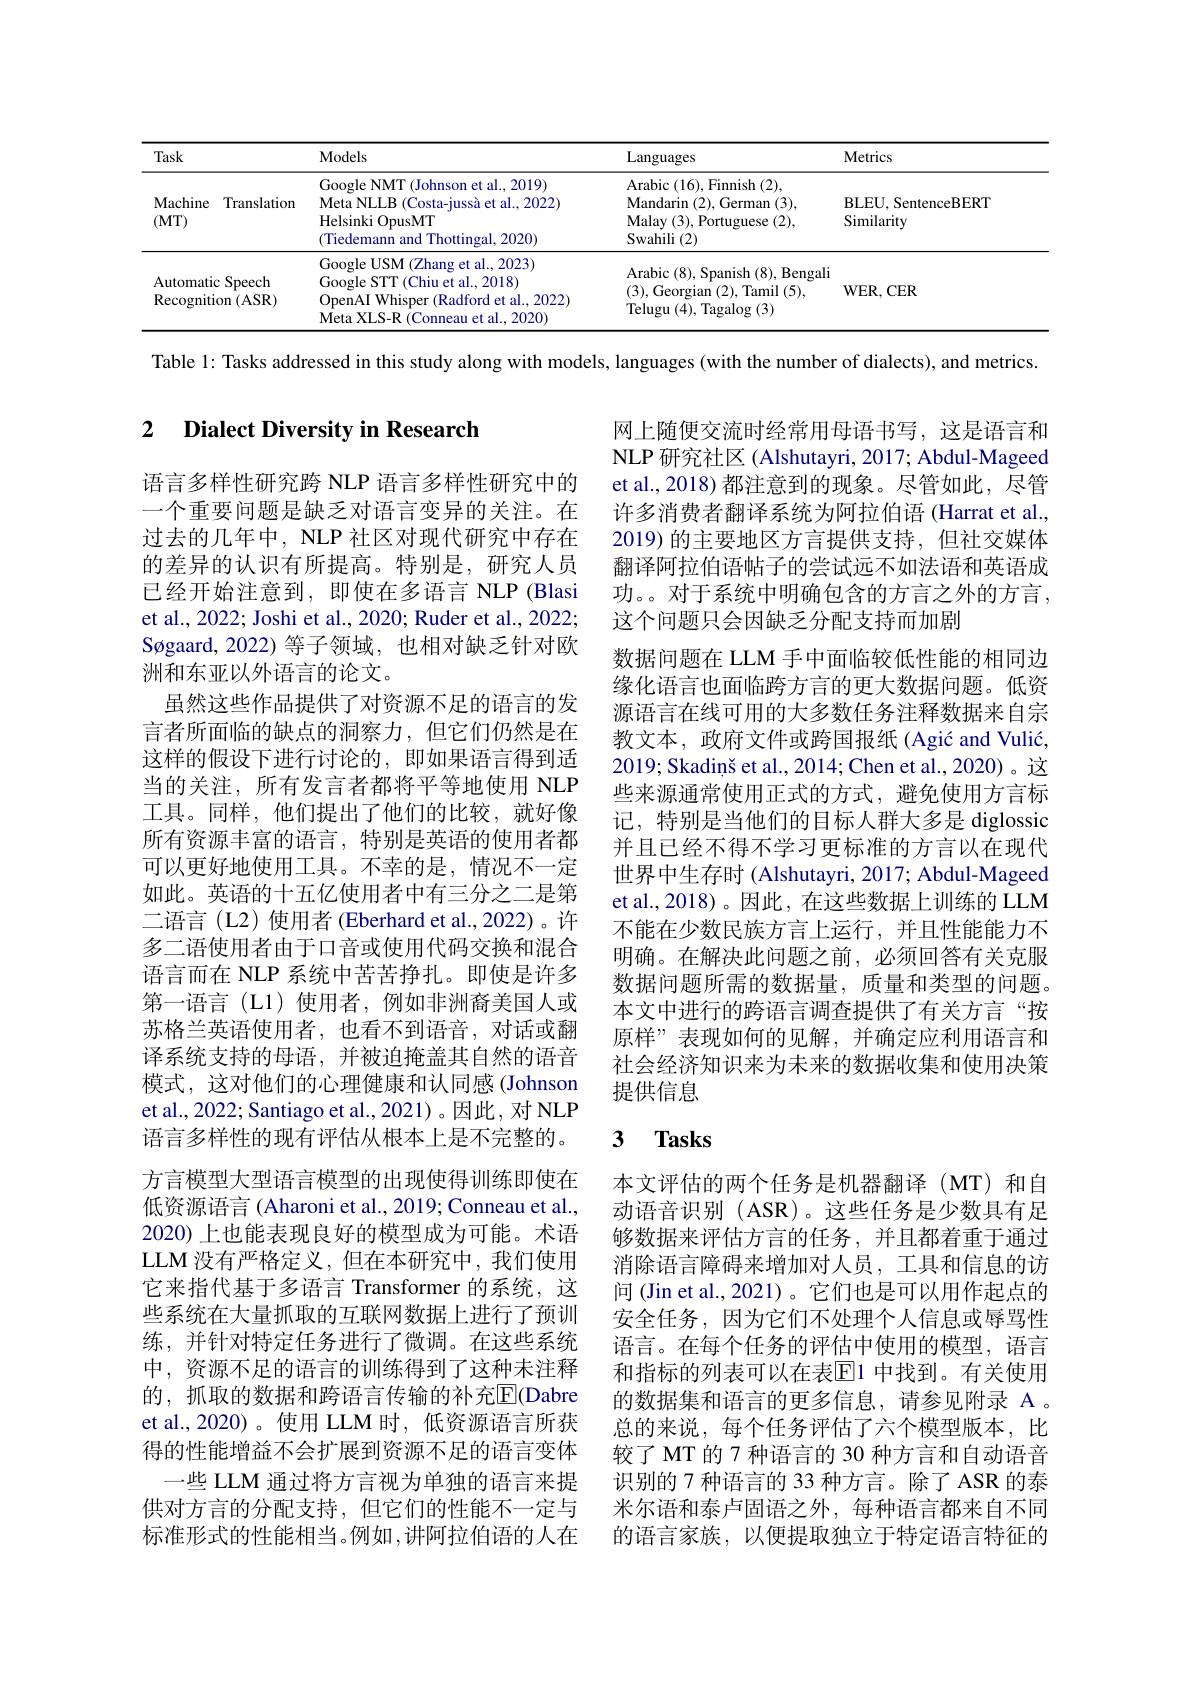
<table>
	<tbody>
		<tr>
			<th>Task</th>
			<th>Models</th>
			<th>Languages</th>
			<th>Metrics</th>
		</tr>
		<tr>
			<td>Machine Translation (MT)</td>
			<td>Google NMT (Johnson et al., 2019) Meta NLLB ( Costa- juss$\grave{a}$ et al. , 2022) Helsinki OpusMT (Tiedemann and Thottingal, 2020)</td>
			<td>Arabic ( 16) , Finnish ( 2) , Mandarin ( 2) , German ( 3) , Malay ( 3) , Portuguese ( 2) , Swahili (2)</td>
			<td>BLEU. SentenceBERT Similarity</td>
		</tr>
		<tr>
			<td>Automatic Speech $\operatorname{Recognition}\left(\mathrm{ASR}\right)$</td>
			<td>Google USM (Zhang et al., 2023) Google STT (Chiu et al., 2018) OpenAI Whisper (Radford et al., 2022) Meta XLS-R (Conneau et al.2020)</td>
			<td>Arabic ( 8) , Spanish ( 8) , Bengali (3),Georgian (2),Tamil(5), $\operatorname{Telugu}(4),\operatorname{Tagalog}(3)$</td>
			<td>WER. CER</td>
		</tr>
	</tbody>
</table>

Table 1: Tasks addressed in this study along with models, languages (with the number of dialects), and metrics.

### 2 $\textbf{Dialect Diversity in Research}$

网上随便交流时经常用母语书写，这是语言和NLP 研究社区 (Alshutayri, 2017; Abdul-Mageed et al., 2018) 都注意到的现象。尽管如此，尽管许多消费者翻译系统为阿拉伯语 (Harrat et al., 2019) 的主要地区方言提供支持，但社交媒体翻译阿拉伯语帖子的尝试远不如法语和英语成功。。对于系统中明确包含的方言之外的方言， 这个问题只会因缺乏分配支持而加剧
数据问题在 LLM 手中面临较低性能的相同边缘化语言也面临跨方言的更大数据问题。低资源语言在线可用的大多数任务注释数据来自宗教文本，政府文件或跨国报纸 (Agić and Vulić, 2019; Skadiṇš et al., 2014; Chen et al., 2020) 。这些来源通常使用正式的方式，避免使用方言标记，特别是当他们的目标人群大多是 diglossic 并且已经不得不学习更标准的方言以在现代世界中生存时 (Alshutayri, 2017; Abdul-Mageed et al., 2018)。因此，在这些数据上训练的 LLM 不能在少数民族方言上运行，并且性能能力不明确。在解决此问题之前，必须回答有关克服数据问题所需的数据量，质量和类型的问题。本文中进行的跨语言调查提供了有关方言“按原样”表现如何的见解，并确定应利用语言和社会经济知识来为未来的数据收集和使用决策提供信息

语言多样性研究跨 NLP 语言多样性研究中的一个重要问题是缺乏对语言变异的关注。在过去的几年中，NLP 社区对现代研究中存在的差异的认识有所提高。特别是，研究人员已经开始注意到，即使在多语言 NLP (Blasi et al., 2022; Joshi et al., 2020; Ruder et al., 2022; Søgaard, 2022) 等子领域，也相对缺乏针对欧洲和东亚以外语言的论文。
虽然这些作品提供了对资源不足的语言的发言者所面临的缺点的洞察力，但它们仍然是在这样的假设下进行讨论的，即如果语言得到适当的关注，所有发言者都将平等地使用 NLP 工具。同样，他们提出了他们的比较，就好像所有资源丰富的语言，特别是英语的使用者都可以更好地使用工具。不幸的是，情况不一定如此。英语的十五亿使用者中有三分之二是第二语言(L2)使用者(Eberhard et al.,2022)。许多二语使用者由于口音或使用代码交换和混合语言而在 NLP 系统中苦苦挣扎。即使是许多第一语言(L1)使用者，例如非洲裔美国人或苏格兰英语使用者，也看不到语音，对话或翻译系统支持的母语，并被迫掩盖其自然的语音模式，这对他们的心理健康和认同感(Johnson et al., 2022; Santiago et al., 2021)。因此，对 NLP 语言多样性的现有评估从根本上是不完整的。方言模型大型语言模型的出现使得训练即使在低资源语言 (Aharoni et al., 2019; Conneau et al., 2020) 上也能表现良好的模型成为可能。术语LLM 没有严格定义，但在本研究中，我们使用它来指代基于多语言 Transformer 的系统，这些系统在大量抓取的互联网数据上进行了预训练，并针对特定任务进行了微调。在这些系统中，资源不足的语言的训练得到了这种未注释的，抓取的数据和跨语言传输的补充$\overline{\mathrm{E}}$(Dabre et al.,2020)。使用 LLM 时，低资源语言所获得的性能增益不会扩展到资源不足的语言变体一些 LLM 通过将方言视为单独的语言来提供对方言的分配支持，但它们的性能不一定与标准形式的性能相当。例如 ,讲阿拉伯语的人在

## 3 $\mathbf{Tasks}$

本文评估的两个任务是机器翻译(MT)和自动语音识别 (ASR)。这些任务是少数具有足够数据来评估方言的任务，并且都着重于通过消除语言障碍来增加对人员，工具和信息的访问 (Jin et al.,2021)。它们也是可以用作起点的安全任务，因为它们不处理个人信息或辱骂性语言。在每个任务的评估中使用的模型，语言和指标的列表可以在表$\mathbb{E}$1 中找到。有关使用的数据集和语言的更多信息，请参见附录 A 。总的来说，每个任务评估了六个模型版本，比较了 MT 的 7 种语言的 30 种方言和自动语音识别的 7 种语言的 33 种方言。除了 ASR 的泰米尔语和泰卢固语之外，每种语言都来自不同的语言家族，以便提取独立于特定语言特征的